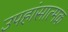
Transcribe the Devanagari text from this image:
उपहांसात्मक